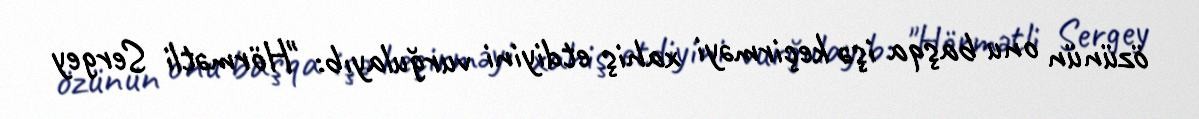
özünün onu başqa işə keçirməyi xahiş etdiyini vurğulayıb: "Hörmətli Sergey